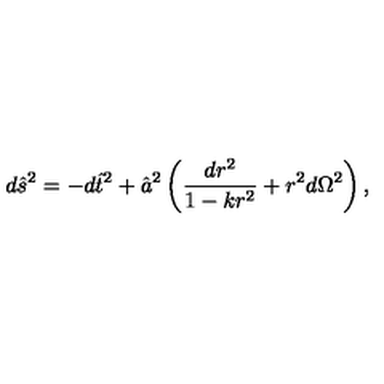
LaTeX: d \hat { s } ^ { 2 } = - d \hat { t } ^ { 2 } + \hat { a } ^ { 2 } \left( \frac { d r ^ { 2 } } { 1 - k r ^ { 2 } } + r ^ { 2 } d \Omega ^ { 2 } \right) ,